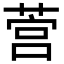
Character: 𦵡